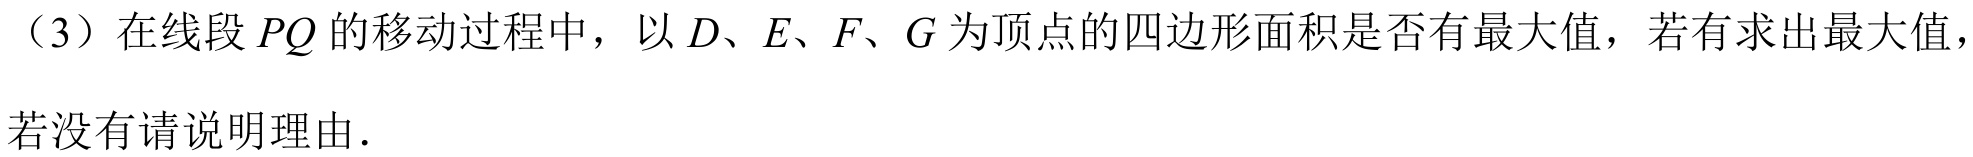
（3）在线段 \(PQ\) 的移动过程中，以 \(D、E、F、G\) 为顶点的四边形面积是否有最大值，若有求出最大值，若没有请说明理由.